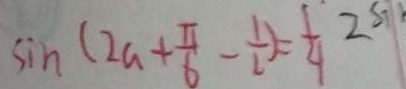
\sin ( 2 a + \frac { \pi } { 6 } - \frac { 1 } { 2 } ) = \frac { 1 } { 4 } 2 S